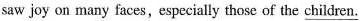
saw joy on many faces,especially those of the \underline{children}.